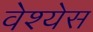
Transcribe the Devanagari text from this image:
वेश्येस